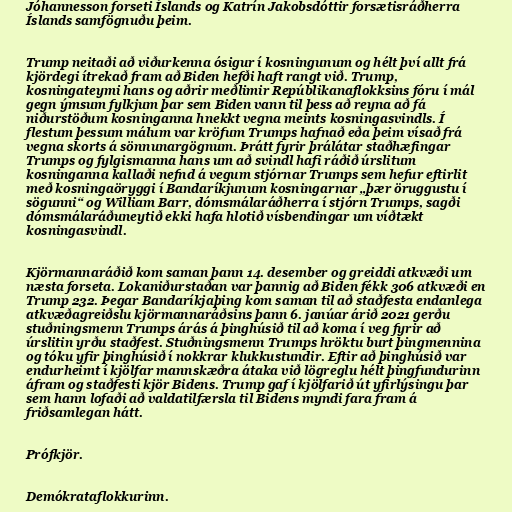
Jóhannesson forseti Íslands og Katrín Jakobsdóttir forsætisráðherra
Íslands samfögnuðu þeim.

Trump neitaði að viðurkenna ósigur í kosningunum og hélt því allt frá
kjördegi ítrekað fram að Biden hefði haft rangt við. Trump,
kosningateymi hans og aðrir meðlimir Repúblikanaflokksins fóru í mál
gegn ýmsum fylkjum þar sem Biden vann til þess að reyna að fá
niðurstöðum kosninganna hnekkt vegna meints kosningasvindls. Í
flestum þessum málum var kröfum Trumps hafnað eða þeim vísað frá
vegna skorts á sönnunargögnum. Þrátt fyrir þrálátar staðhæfingar
Trumps og fylgismanna hans um að svindl hafi ráðið úrslitum
kosninganna kallaði nefnd á vegum stjórnar Trumps sem hefur eftirlit
með kosningaöryggi í Bandaríkjunum kosningarnar „þær öruggustu í
sögunni“ og William Barr, dómsmálaráðherra í stjórn Trumps, sagði
dómsmálaráðuneytið ekki hafa hlotið vísbendingar um víðtækt
kosningasvindl.

Kjörmannaráðið kom saman þann 14. desember og greiddi atkvæði um
næsta forseta. Lokaniðurstaðan var þannig að Biden fékk 306 atkvæði en
Trump 232. Þegar Bandaríkjaþing kom saman til að staðfesta endanlega
atkvæðagreiðslu kjörmannaráðsins þann 6. janúar árið 2021 gerðu
stuðningsmenn Trumps árás á þinghúsið til að koma í veg fyrir að
úrslitin yrðu staðfest. Stuðningsmenn Trumps hröktu burt þingmennina
og tóku yfir þinghúsið í nokkrar klukkustundir. Eftir að þinghúsið var
endurheimt í kjölfar mannskæðra átaka við lögreglu hélt þingfundurinn
áfram og staðfesti kjör Bidens. Trump gaf í kjölfarið út yfirlýsingu þar
sem hann lofaði að valdatilfærsla til Bidens myndi fara fram á
friðsamlegan hátt.

Prófkjör.

Demókrataflokkurinn.